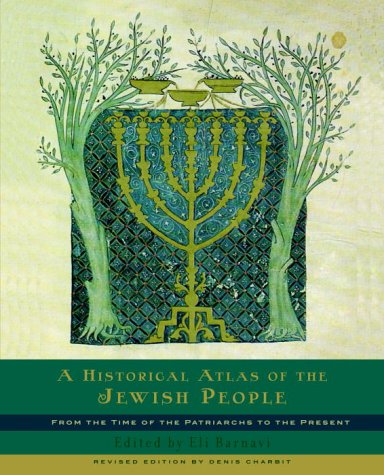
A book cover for A Historical Atlas of the Jewish People: From the Time of the Patriarchs to the Present; Eli Barnavi; Biographies & Memoirs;